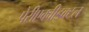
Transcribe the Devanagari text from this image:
पेरीएक्वीडक्टल